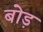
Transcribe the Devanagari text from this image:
बोड़